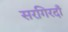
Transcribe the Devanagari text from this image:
सरगिरदाँ